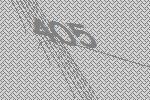
405